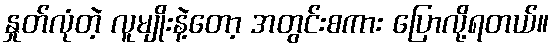
နှုတ်လုံတဲ့ လူမျိုးနဲ့တော့ အတွင်းစကား ပြောလို့ရတယ်။